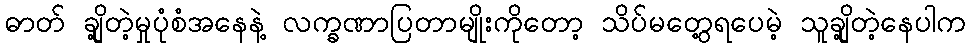
ဓာတ် ချို့တဲ့မှုပုံစံအနေနဲ့ လက္ခဏာပြတာမျိုးကိုတော့ သိပ်မတွေ့ရပေမဲ့ သူချို့တဲ့နေပါက